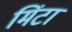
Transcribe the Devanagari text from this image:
मिंटा